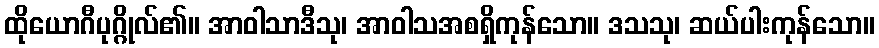
ထိုယောဂီပုဂ္ဂိုလ်၏။ အာဝါသာဒီသု၊ အာဝါသအစရှိကုန်သော။ ဒသသု၊ ဆယ်ပါးကုန်သော။